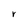
Character: r